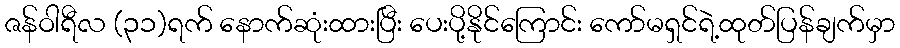
ဇန်ဝါရီလ (၃၁)ရက် နောက်ဆုံးထားပြီး ပေးပို့နိုင်ကြောင်း ကော်မရှင်ရဲ့ထုတ်ပြန်ချက်မှာ